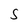
Character: S